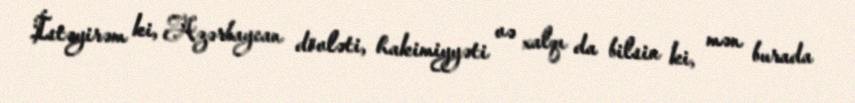
İstəyirəm ki, Azərbaycan dövləti, hakimiyyəti və xalqı da bilsin ki, mən burada